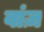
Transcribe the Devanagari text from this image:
वांज़